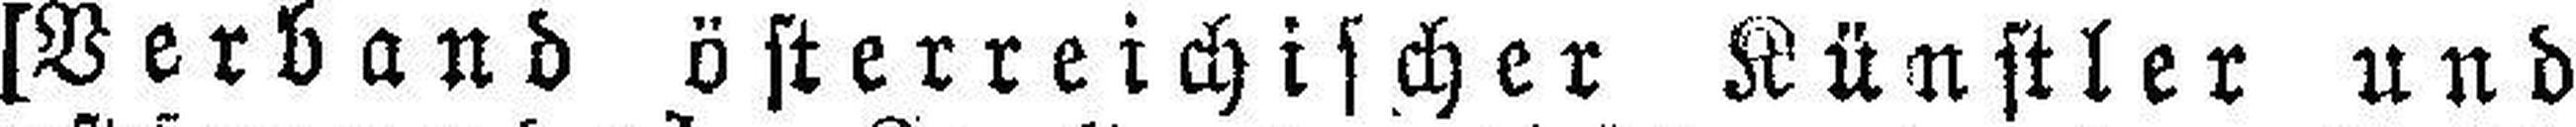
[Verband österreichischer Künstler und